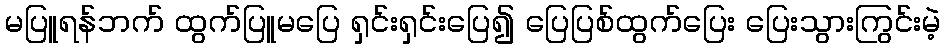
မပြူရန်ဘက် ထွက်ပြူမပြေ ရှင်းရှင်းပြေ၍ ပြေပြစ်ထွက်ပြေး ပြေးသွားကြွင်းမဲ့